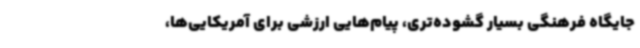
جایگاه فرهنگی بسیار گشوده‌تری، پیام‌هایی ارزشی برای آمریکایی‌ها،